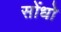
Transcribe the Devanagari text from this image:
सोंधो